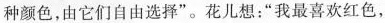
种颜色，由它们自由选择”。花儿想：”我最喜欢红色，